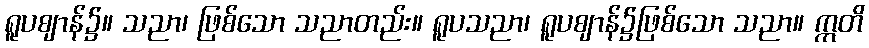
ရူပဈာန်၌။ သညာ၊ ဖြစ်သော သညာတည်း။ ရူပသညာ၊ ရူပဈာန်၌ဖြစ်သော သညာ။ ဣတိ